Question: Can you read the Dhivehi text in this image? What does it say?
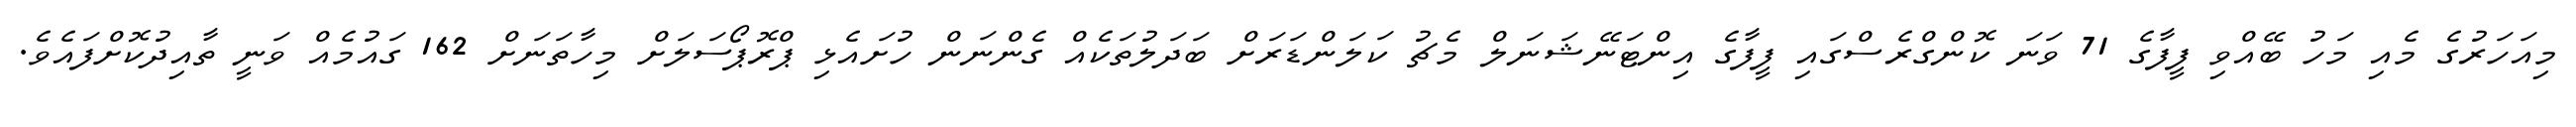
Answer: މިއަހަރުގެ މެއި މަހު ބޭއްވި ފީފާގެ 71 ވަނަ ކޮންގްރެސްގައި ފީފާގެ އިންޓަނޭޝަނަލް މެޗު ކަލަންޑަރަށް ބަދަލުތަކެއް ގެންނަން ހުށައެޅި ޕްރޮޕޯސަލަށް މިހާތަނަށް 162 ގައުމެއް ވަނީ ތާއިދުކޮށްފައެވެ.